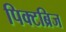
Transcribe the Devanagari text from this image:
पिक्टब्रिज